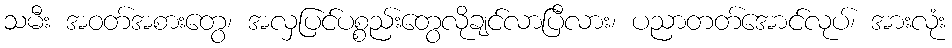
သမီး အဝတ်အစားတွေ၊ အလှပြင်ပစ္စည်းတွေလိုချင်လာပြီလား၊ ပညာတတ်အောင်လုပ်၊ အားလုံး